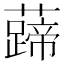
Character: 𧀰